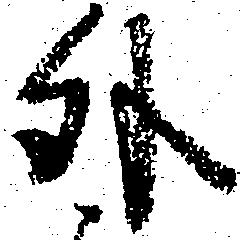
外